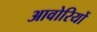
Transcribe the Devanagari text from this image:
आवोरियों